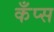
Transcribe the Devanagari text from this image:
कँप्स